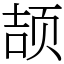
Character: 颉